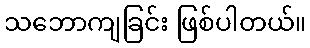
သဘောကျခြင်း ဖြစ်ပါတယ်။